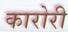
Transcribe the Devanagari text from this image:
कारोरी